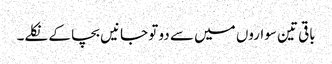
باقی تین سواروں میں سے دو تو جانیں بچا کے نکلے۔